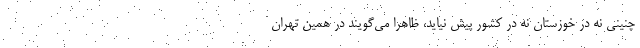
چنینی نه در خوزستان نه در کشور پیش نیاید، ظاهرا می‌گویند در همین تهران